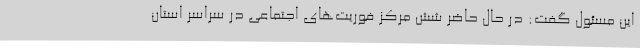
این مسئول گفت: در حال حاضر شش مرکز فوریت‌های اجتماعی در سراسر استان